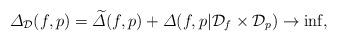
LaTeX: \begin{align*}\varDelta_{\mathcal{D}}(f,p)=\widetilde{\varDelta}(f,p)+\varDelta(f,p|\mathcal{D}_f\times\mathcal{D}_p)\to\inf,\end{align*}